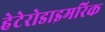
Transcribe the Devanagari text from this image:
हेटेरोडाइमरिक